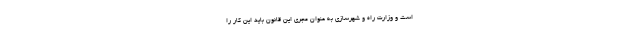
است و وزارت راه و شهرسازی به عنوان مجری این قانون باید این کار را